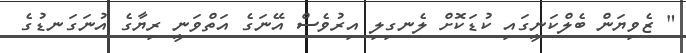
" ޒެވިޔަން ބެލްކަނީގައި ކުޑަކޮށް ލެނގިލި އިރުވެސް އޭނަގެ އަތްވަނީ ރިޔާގެ އުނަގަނޑުގެ